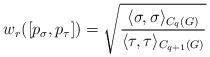
LaTeX: \begin{align*}w_r( [p_\sigma, p_\tau] ) &= \sqrt{ \frac{\langle \sigma, \sigma \rangle_{C_{q}(G)}}{\langle \tau, \tau \rangle_{C_{q+1}(G)}} } \end{align*}